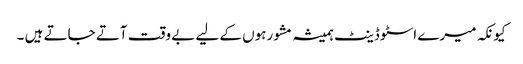
کیونکہ میرے اسٹوڈینٹ ہمیشہ مشورہوں کے لیے بے وقت آتے جاتے ہیں ۔